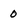
Character: 0